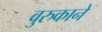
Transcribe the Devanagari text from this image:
वुरुकाने